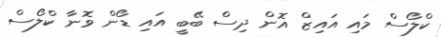
ކްލޯސް މައި އައިޒް އޮން ދިސް ބޭބީ އައި ޑޯން ވޮނާ ކްލޯސް